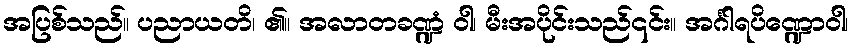
အပြစ်သည်။ ပညာယတိ၊ ၏။ အလာတခဏ္ဍံ ဝါ၊ မီးအပိုင်းသည်၎င်း။ အင်္ဂါရပိဏ္ဍောဝါ၊